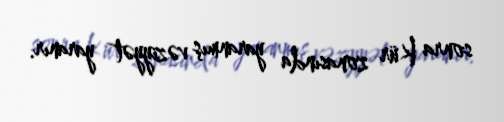
sonra Kür zonasında yaranmış vəziyyət yaranır.